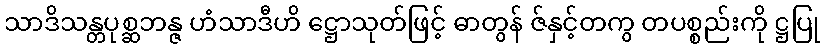
သာဒိသန္တပုစ္ဆဘန္ဇ ဟံသာဒီဟိ ဋ္ဌောသုတ်ဖြင့် ဓာတွန် ဇ်နှင့်တကွ တပစ္စည်းကို ဋ္ဌပြု